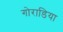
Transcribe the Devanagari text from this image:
गोराडिया